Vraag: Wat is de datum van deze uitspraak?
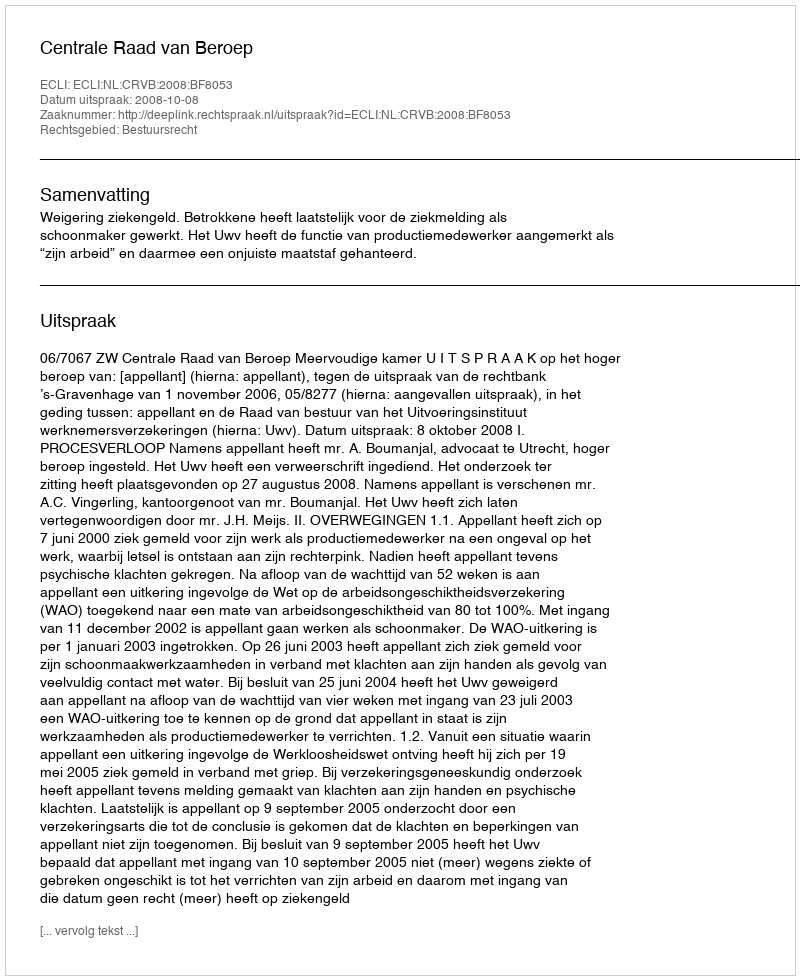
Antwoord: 2008-10-08